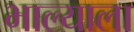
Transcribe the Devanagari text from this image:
भाल्याला